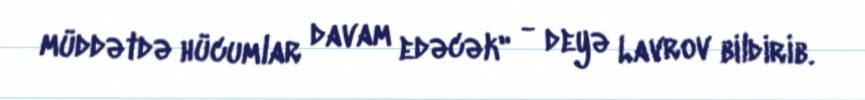
müddətdə hücumlar davam edəcək" - deyə Lavrov bildirib.